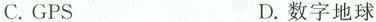
C.GPS D.数字地球